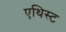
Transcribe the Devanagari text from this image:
एथिस्ट